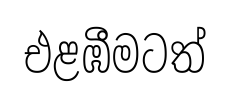
එළඹීමටත්